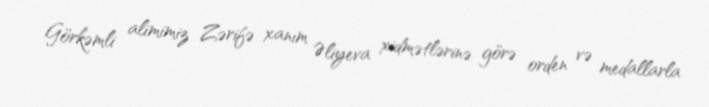
Görkəmli alimimiz Zərifə xanım Əliyeva xidmətlərinə görə orden və medallarla